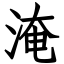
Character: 淹